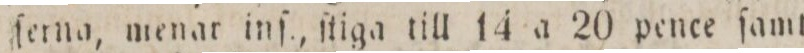
ſerna, menar inſ., ſtiga till 14 a 20 pence ſamt